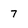
Character: 7